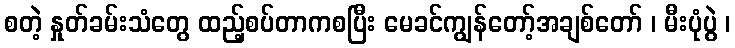
စတဲ့ နှုတ်ခမ်းသံတွေ ထည့်စပ်တာကစပြီး မေခင်ကျွန်တော့်အချစ်တော် ၊ မီးပုံပွဲ ၊